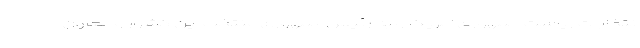
نتخابات ریاست جمهوری آمریکا را به رئیس جمهوری منتخب این کشور و معاون